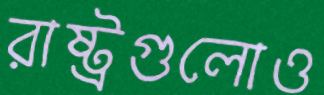
রাষ্ট্রগুলোও